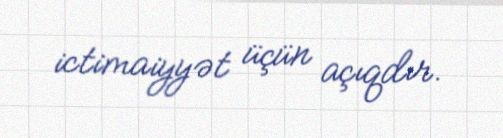
ictimaiyyət üçün açıqdır.